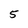
Character: 5